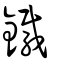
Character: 鐵